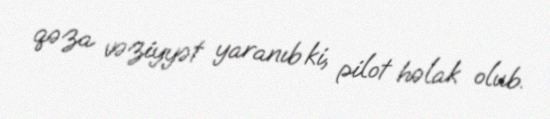
qəza vəziyyət yaranıb ki, pilot həlak olub.